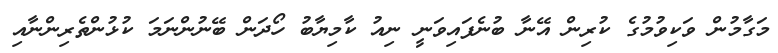
މަގާމުން ވަކިވުމުގެ ކުރިން އޭނާ ބުނެފައިވަނީ ނިއު ކާމިޔާބު ހޯދަން ބޭނުންނަމަ ކުޅުންތެރިންނާއި